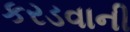
કરડવાની